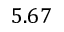
5 . 6 7